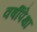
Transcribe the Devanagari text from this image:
वर्षीपेक्षा